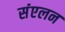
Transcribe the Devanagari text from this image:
संंएलन